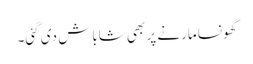
گھونسا مارنے پر بھی شاباش دی گئی۔